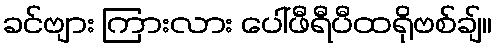
ခင်ဗျား ကြားလား ပေါ်ဖီရီပီထရိုဗစ်ချ်။